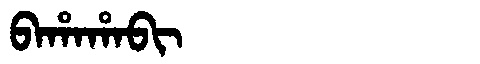
Manchu: ᠪᠠᡥᠠᡥᠠᠪᡳ
Romanization: BAHAHABI